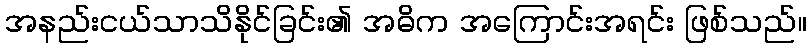
အနည်းငယ်သာသိနိုင်ခြင်း၏ အဓိက အကြောင်းအရင်း ဖြစ်သည်။